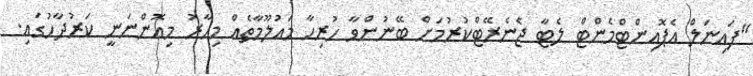
"ފައިނަލް އެޕޮއިންޓްމެންޓް ލެޓާ ޖެނެރޭޓްކުރުމަށް ބޭނުންވާ ހުރިހާ މައުލޫމާތެއް މިހާރު މިއޮންނަނީ ކަރުދާހުގައި.